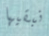
نبقيها